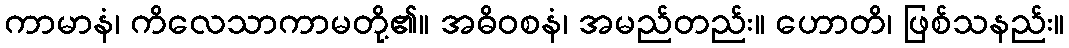
ကာမာနံ၊ ကိလေသာကာမတို့၏။ အဓိဝစနံ၊ အမည်တည်း။ ဟောတိ၊ ဖြစ်သနည်း။